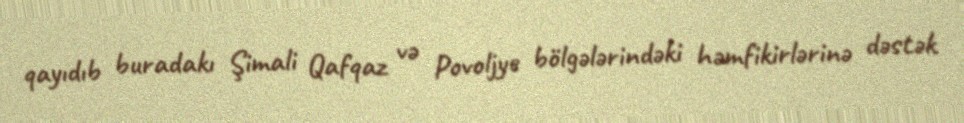
qayıdıb buradakı Şimali Qafqaz və Povoljye bölgələrindəki həmfikirlərinə dəstək